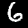
Digit: 6